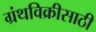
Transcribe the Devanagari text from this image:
ग्रंथविक्रीसाठी